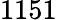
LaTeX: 1151